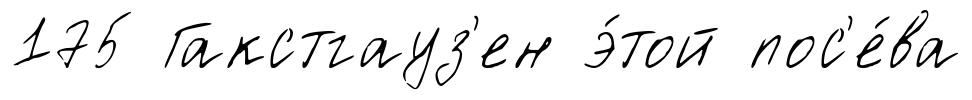
175 Гакстгауз'ен э́той пос'е́ва